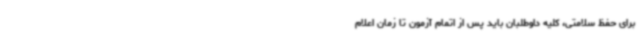
برای حفظ سلامتی، کلیه داوطلبان باید پس از اتمام آزمون تا زمان اعلام